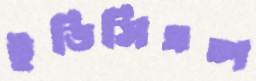
ইডিসিএল